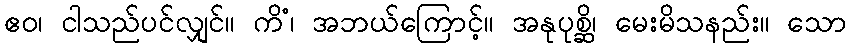
ဧဝ၊ ငါသည်ပင်လျှင်။ ကိံ၊ အဘယ်ကြောင့်။ အနုပုစ္ဆိ၊ မေးမိသနည်း။ သော